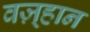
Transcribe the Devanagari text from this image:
वज़्हान